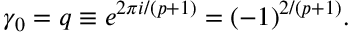
\gamma _ { 0 } = q \equiv e ^ { 2 \pi i / ( p + 1 ) } = ( - 1 ) ^ { 2 / ( p + 1 ) } .